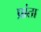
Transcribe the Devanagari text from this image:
प्रांता